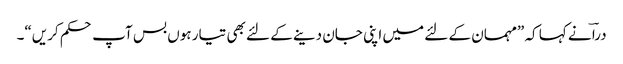
دراؔ نے کہا کہ ”مہمان کے لئے میں اپنی جان دینے کے لئے بھی تیار ہوں بس آپ حکم کریں“۔